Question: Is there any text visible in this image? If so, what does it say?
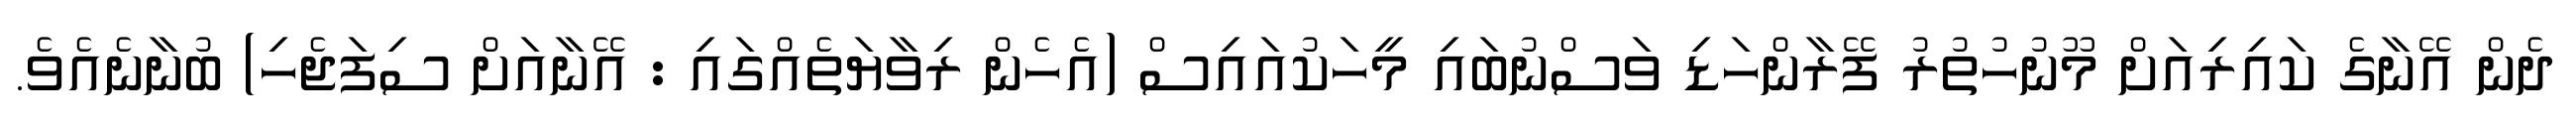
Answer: ދެން އޭނާގެ ކައިރިއަށް މޫނުހުތުރު ފޭރާންހަޑި ވަސްނުބައި މީހަކުއައިސް (އެހެން ރިވާޔަތެއްގައި : އޭނާއަށް ސިފަޖެހި) ބުނާނެއެވެ.